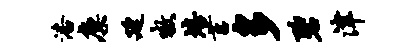
潘廪廷嗷培莒多碧津